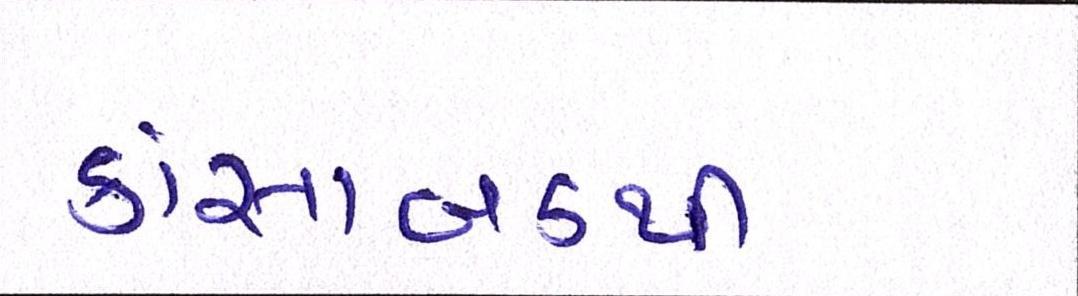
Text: કાંસાબડથી